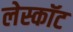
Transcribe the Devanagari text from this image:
लेस्कॉट